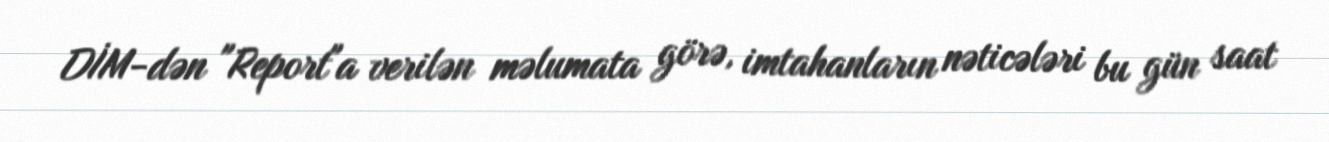
DİM-dən "Report"a verilən məlumata görə, imtahanların nəticələri bu gün saat